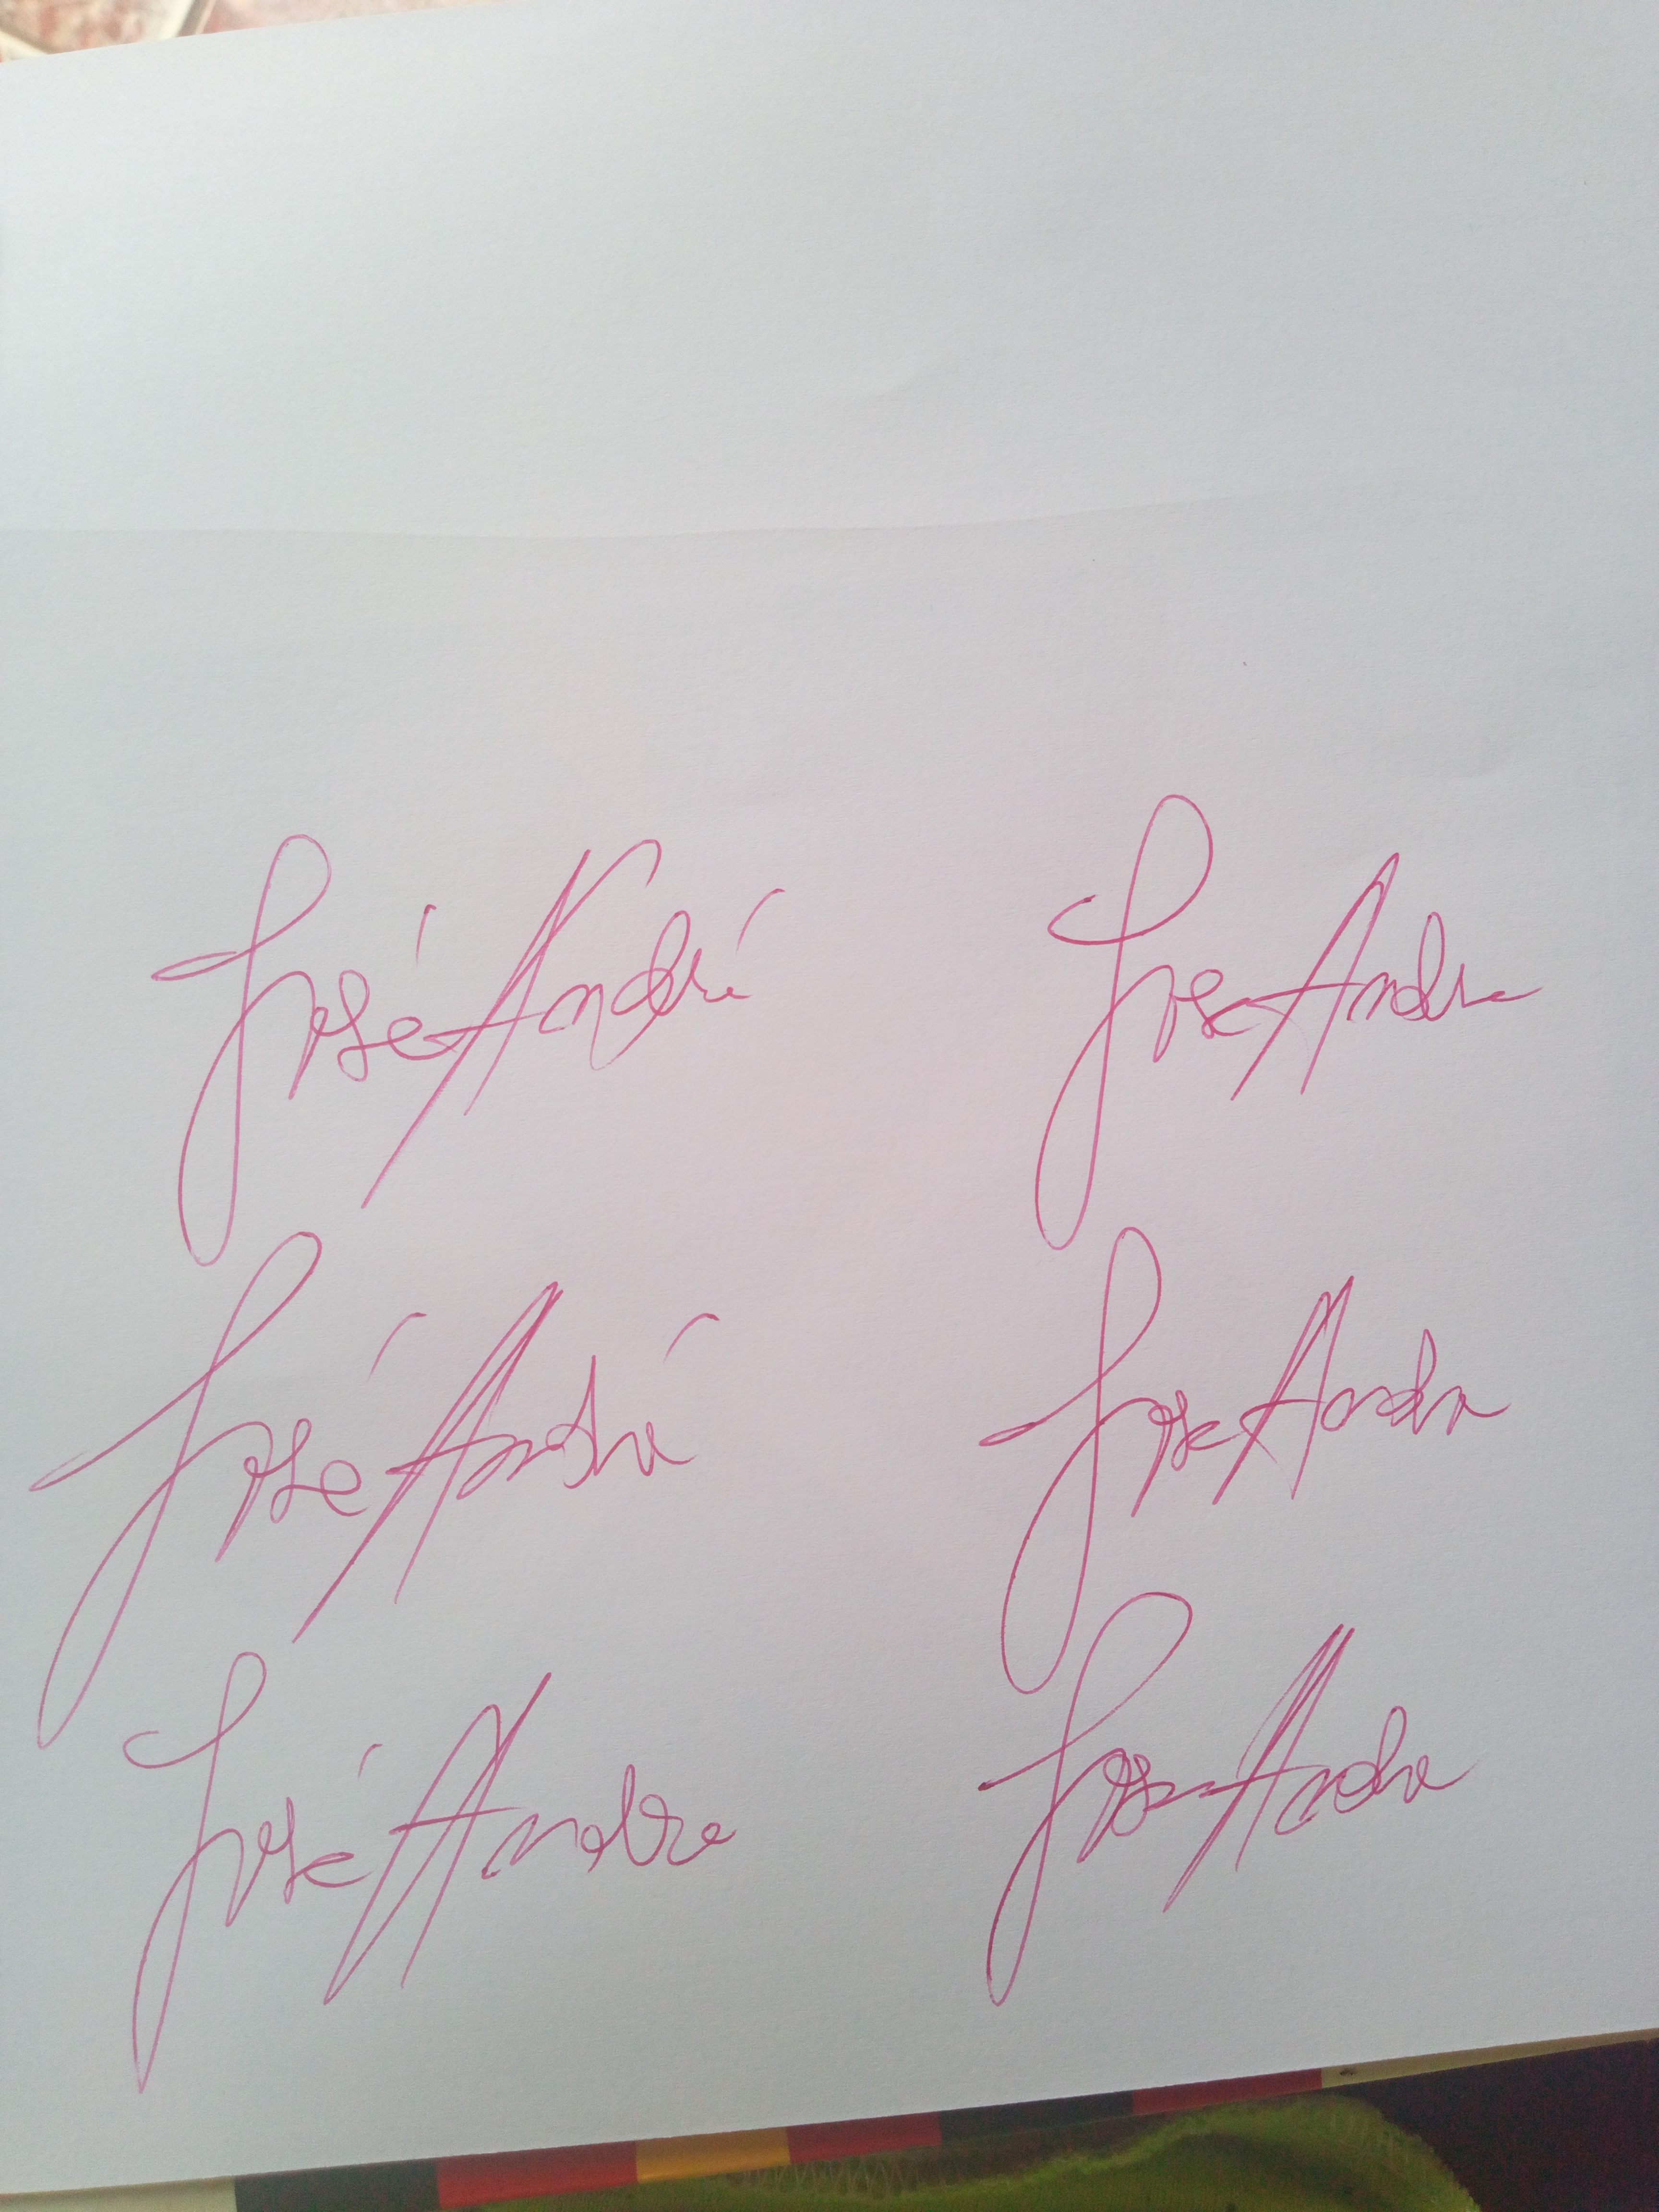
Signature authenticity: genuine